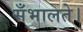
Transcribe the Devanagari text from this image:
सँभालते।